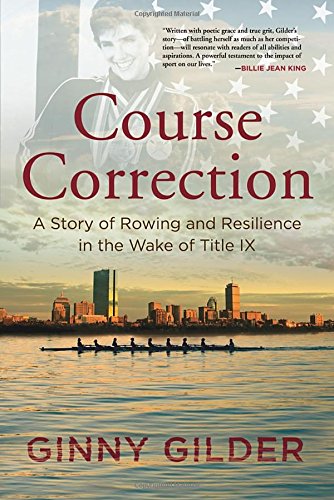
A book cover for Course Correction: A Story of Rowing and Resilience in the Wake of Title IX; Ginny Gilder; Gay & Lesbian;